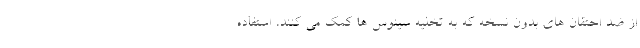
از ضد احتقان های بدون نسخه که به تخلیه سینوس ها کمک می کنند، استفاده